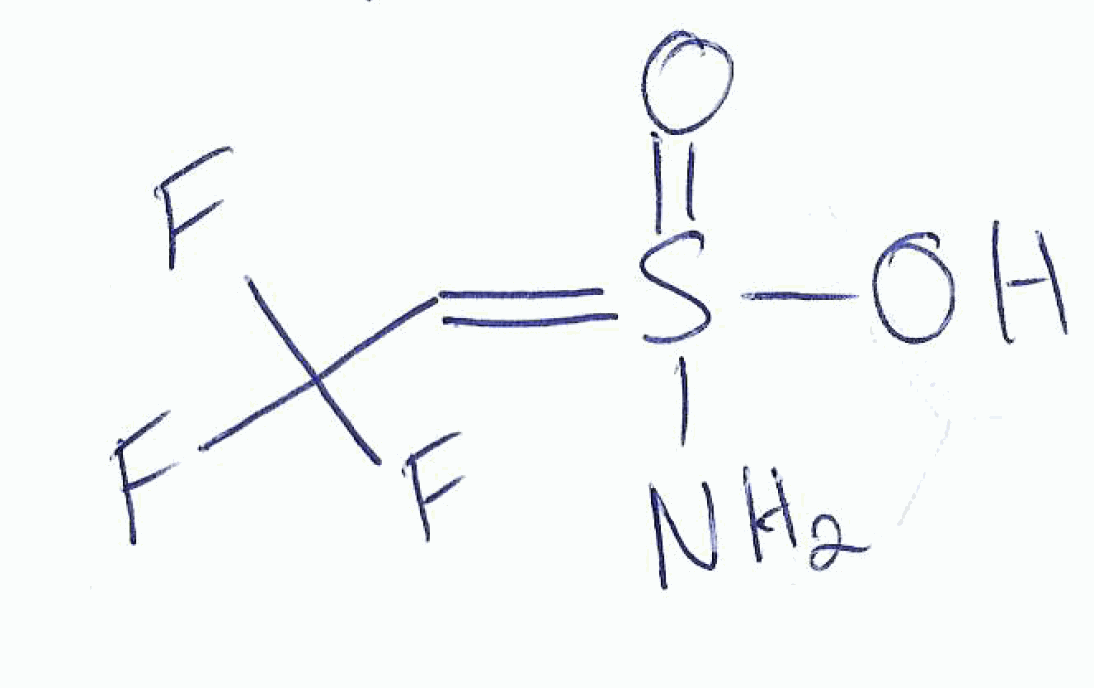
Simplified molecular-input line-entry system (SMILES) notation of the given molecule:
C(=S(=O)(N)O)C(F)(F)F